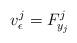
LaTeX: \begin{align*}v_{\epsilon}^j=F^j_{y_j}\end{align*}